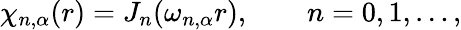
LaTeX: \chi_{n,\alpha}(r)=J_{n}(\omega_{n,\alpha}r),\qquad n=0,1,\ldots,